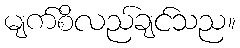
မျက်စိလည်ချင်သည။